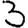
Digit: 3